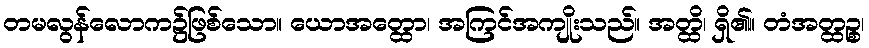
တမလွန်လောက၌ဖြစ်သော။ ယောအတ္ထော၊ အကြင်အကျိုးသည်။ အတ္ထိ၊ ရှိ၏။ တံအတ္ထဉ္စ၊